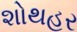
શોથહર